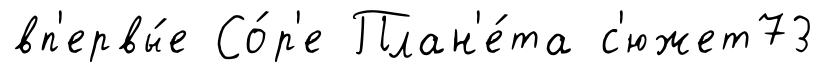
вп'ервы́е Со́р'е План'е́та с'южет73